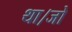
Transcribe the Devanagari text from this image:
था।जो